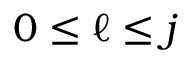
0 \le \ell \le j